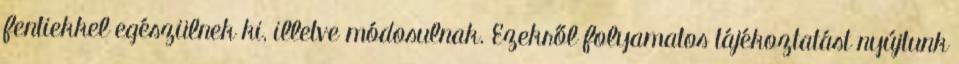
fentiekkel egészülnek ki, illetve módosulnak. Ezekről folyamatos tájékoztatást nyújtunk